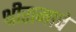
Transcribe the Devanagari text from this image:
श्रीरामाचे